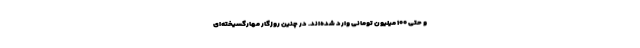
و حتی ۱۰۰ میلیون تومانی وارد شده‌اند. در چنین روزگار مهارگسیخته‌ای